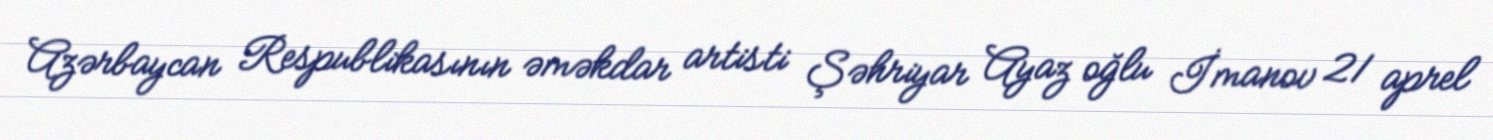
Azərbaycan Respublikasının əməkdar artisti Şəhriyar Ayaz oğlu İmanov 21 aprel